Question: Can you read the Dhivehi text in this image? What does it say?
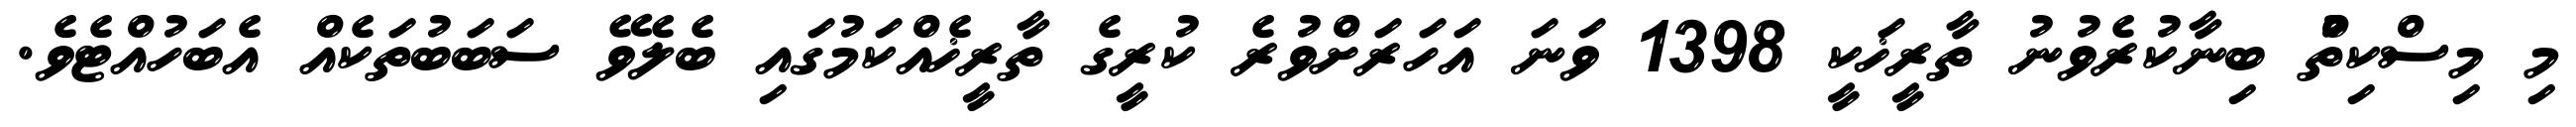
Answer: މި މިސްކިތުް ބިނާކުރެވުނު ތާރީޚަކީ 1398 ވަނަ އަހަރަށްވުރެ ކުރީގެ ތާރީޚެއްކަމުގައި ބެލެވޭ ސަބަބުތަކެއް އެބަހުއްޓެވެ.